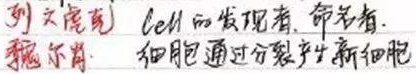
列文虎克——cell的发现者、命名者。魏尔肖——细胞通过分裂产生新细胞。